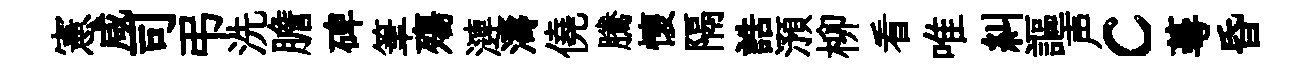
憲咸司弔洗膽碑筆殤漣濤僥騰懷隔誥澦柳看唯糾謳声c蕚昏